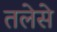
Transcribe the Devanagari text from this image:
तलेसे